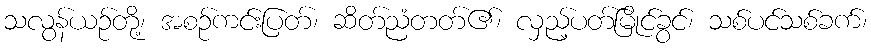
သလွန်ယဉ်တို့၊ အစဉ်ကင်းပြတ်၊ ဆိတ်ညံတတ်၏၊ လှည့်ပတ်မြိုင်ခွင်၊ သစ်ပင်သစ်ခက်၊